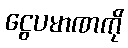
ငွေပမာဏကို